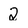
Character: 2